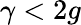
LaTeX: \gamma<2g